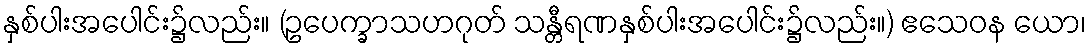
နှစ်ပါးအပေါင်း၌လည်း။ (ဥပေက္ခာသဟဂုတ် သန္တီရဏနှစ်ပါးအပေါင်း၌လည်း။) ဧသေဝန ယော၊